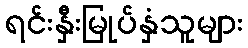
ရင်းနှီးမြုပ်နှံသူများ